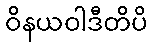
ဝိနယဝါဒီတိပိ